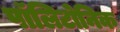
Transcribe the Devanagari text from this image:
पॉलिटोनिक